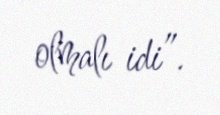
olmalı idi”.